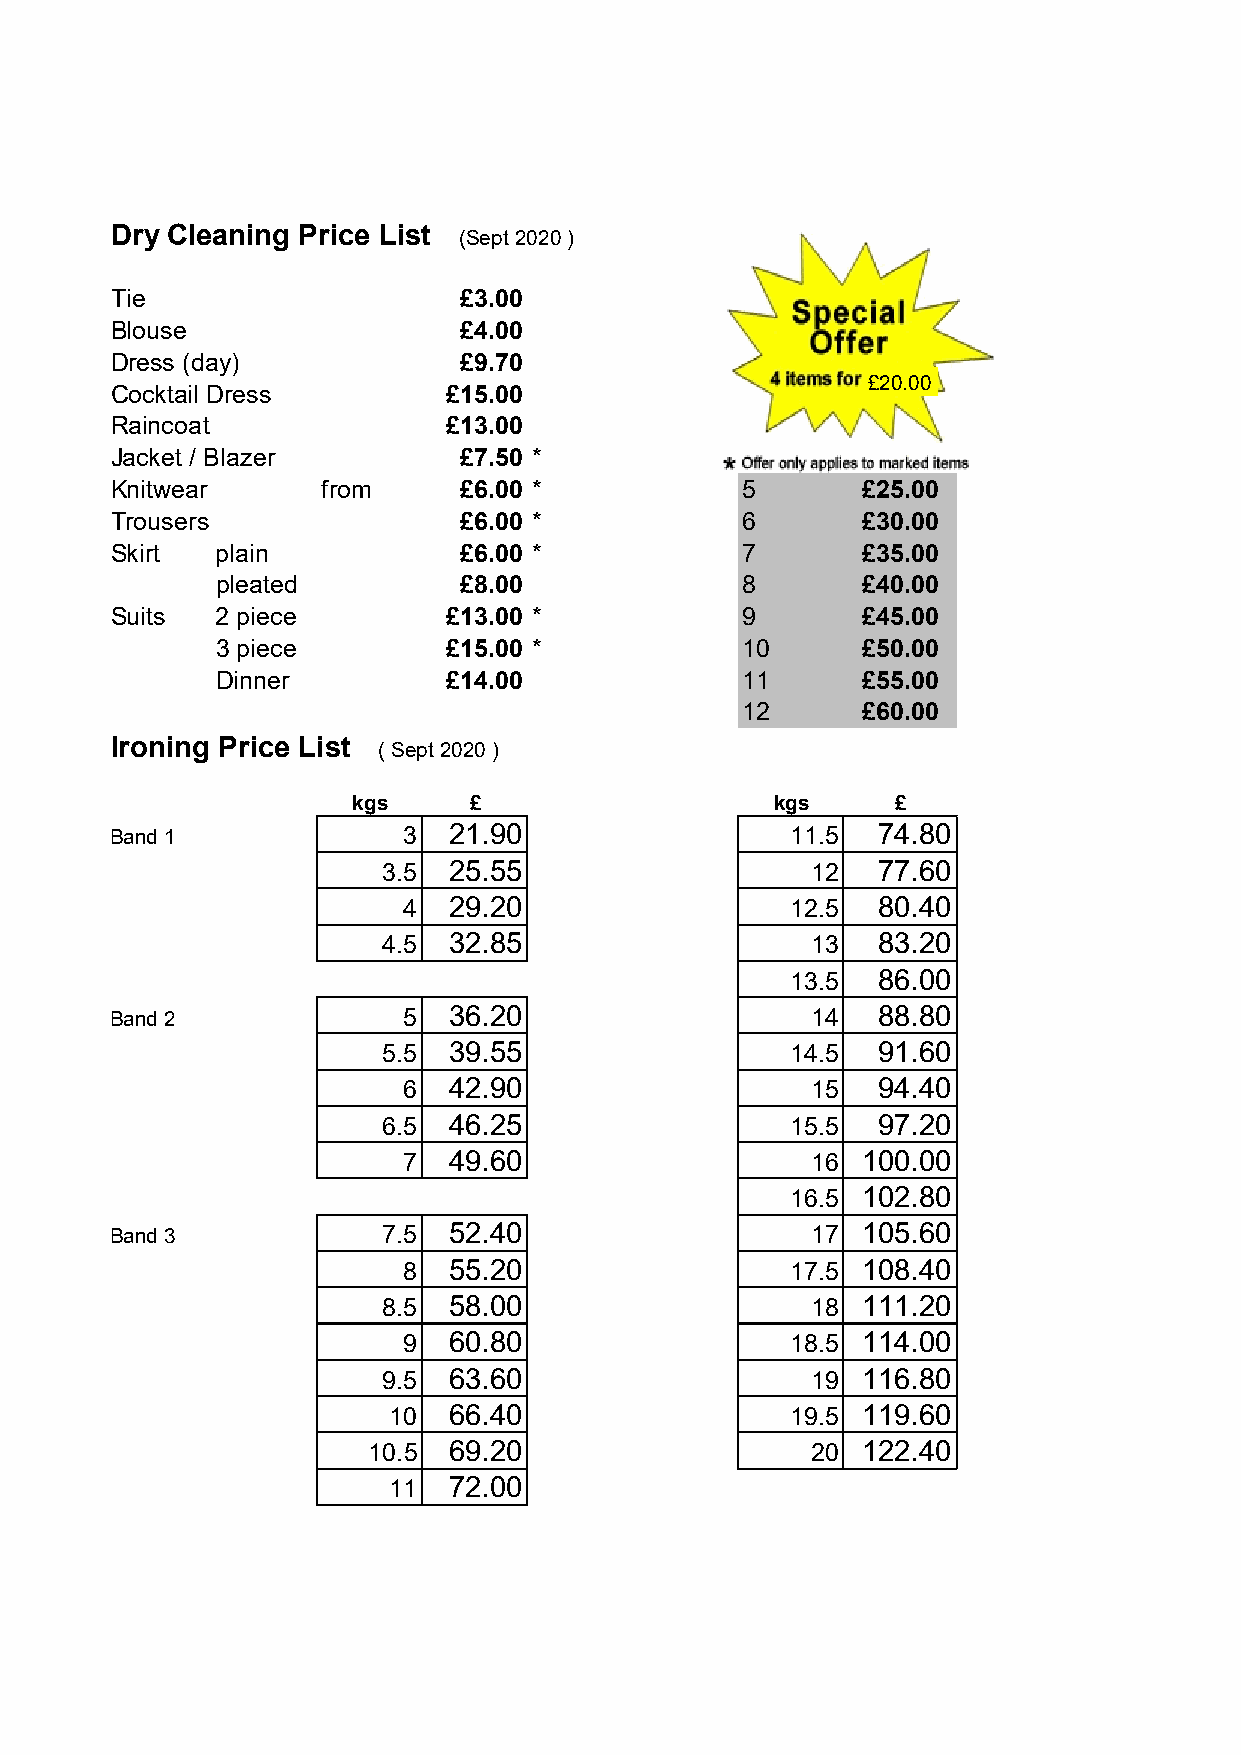
Dry Cleaning Price List
 (Sept 2020 )
 Tie                    £3.00
 Blouse                 £4.00
 Dress (day)            £9.70
 £20.00
 Cocktail Dress        £15.00
 Raincoat              £13.00
 Jacket / Blazer        £7.50 *            4      £13.99
 Knitwear      from     £6.00 *            5       £25.00
 Trousers               £6.00 *            6       £30.00
 Skirt  plain           £6.00 *            7       £35.00
 pleated         £8.00              8       £40.00
 Suits  2 piece        £13.00 *            9       £45.00
 3 piece        £15.00 *            10      £50.00
 Dinner         £14.00              11      £55.00
 12      £60.00
 Ironing Price List
 ( Sept 2020 )
 kgs     £                   kgs     £
 Band 1              3  21.90                 11.5  74.80
 3.5  25.55                   12  77.60
 4  29.20                 12.5  80.40
 4.5  32.85                   13  83.20
 13.5  86.00
 Band 2              5  36.20                   14  88.80
 5.5  39.55                 14.5  91.60
 6  42.90                   15  94.40
 6.5  46.25                 15.5  97.20
 7  49.60                   16 100.00
 16.5 102.80
 Band 3            7.5  52.40                   17 105.60
 8  55.20                 17.5 108.40
 8.5  58.00                   18 111.20
 9  60.80                 18.5 114.00
 9.5  63.60                   19 116.80
 10  66.40                 19.5 119.60
 10.5  69.20                   20 122.40
 11  72.00